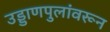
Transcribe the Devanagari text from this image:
उड्डाणपुलांवरून